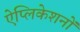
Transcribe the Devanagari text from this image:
ऐप्लिकेशनों